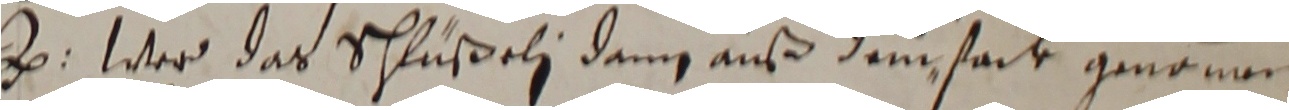
a. Wer das schlüßeli dann auß demstack genommen